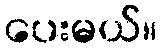
ပေးမယ်။